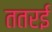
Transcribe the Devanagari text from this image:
ततरई